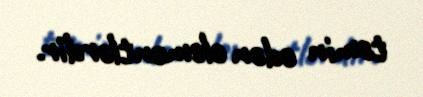
təmin edən elementlərdir.